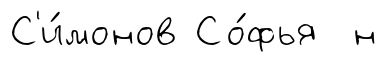
С'и́монов Со́фья н